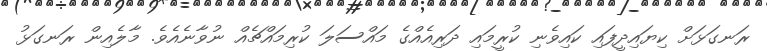
ރަނގަޅަށް ކިޔައިދީފައި ކައިވެނި ކުރީމައި ދަރިއެއްގެ މައްސަލަ ކުރިމައްޗެއް ނުވާނެއެވެ. މާލެއިން ރަނގަޅު